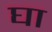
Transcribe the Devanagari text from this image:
घा